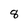
Character: 8